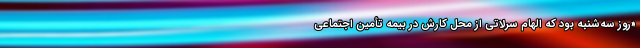
«روز سه‌شنبه بود که الهام سرلاتی از محل کارش در بیمه تأمین اجتماعی